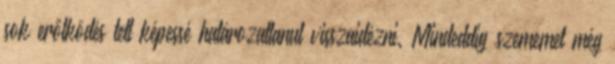
sok erőlködés tett képessé határozatlanul visszaidézni. Mindeddig szememet még